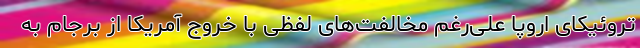
تروئیکای اروپا علی‌رغم مخالفت‌های لفظی با خروج آمریکا از برجام به